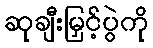
ဆုချီးမြှင့်ပွဲကို